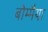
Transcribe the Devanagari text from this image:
बोम्मैया